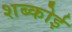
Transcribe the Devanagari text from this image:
शब्कोई